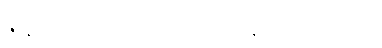
ဇာနိတဗ္ဗမေတံ သမောသရဏဋ္ဌာနေ ဝိသေသေတီတိ